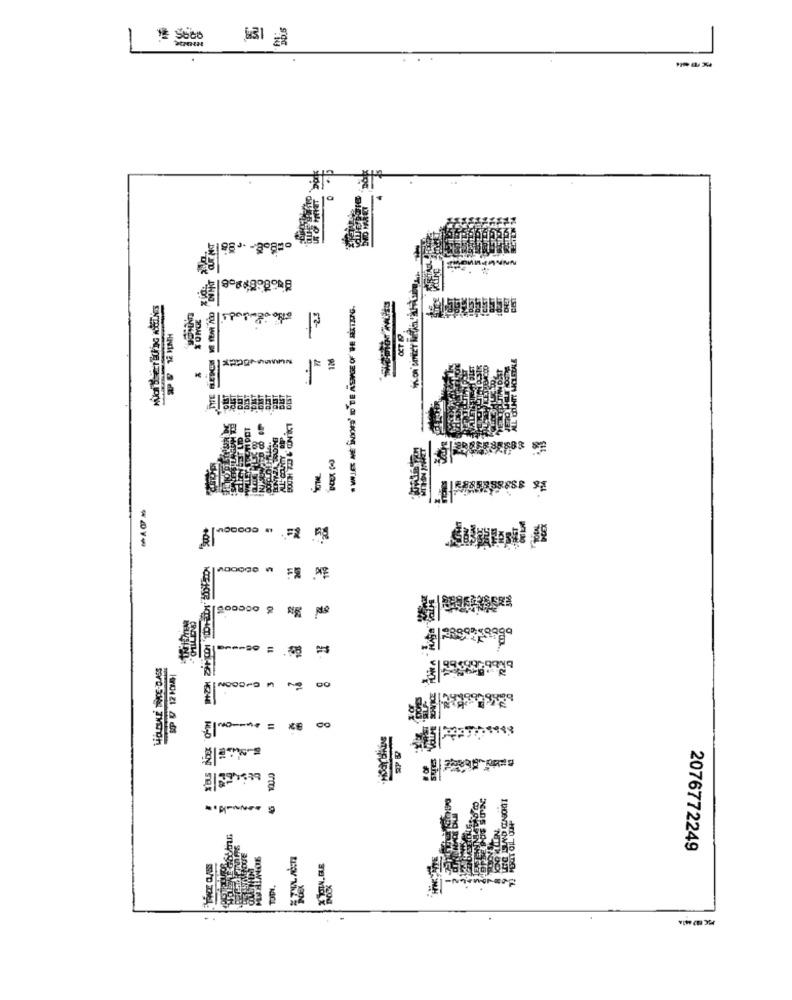
12
LILLI
8
00
A
MYRIPON.
2076772249
MICI